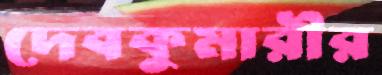
দেবকুমারীর